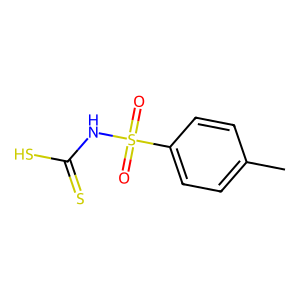
SMILES: Cc1ccc(S(=O)(=O)NC(=S)S)cc1
Inhibits HIV replication: No